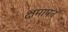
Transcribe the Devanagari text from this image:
क्षमापनं